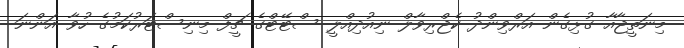
މިނަތީޖާއާ ގުޅިގެން އަރްވިންދު ކެޖްރިވާލް ނިއުދިއްލީ ސްޓޭޓްގެ ޗީފް މިނިސްޓަރުކަމުގެ ހުވާ އަންނަ